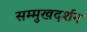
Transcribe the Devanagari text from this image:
सम्मुखदर्शन